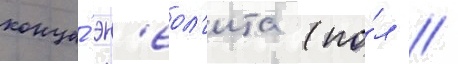
конца́ эн'еол'ита (по́л //